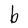
Character: b